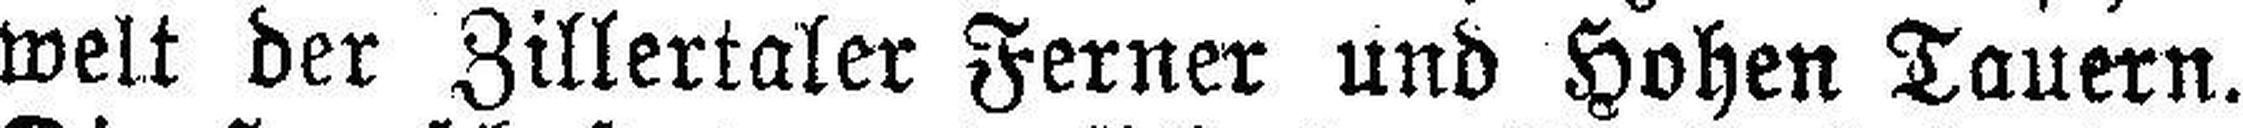
welt der Zillertaler Ferner und Hohen Tauern.